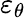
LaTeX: \varepsilon_{\theta}